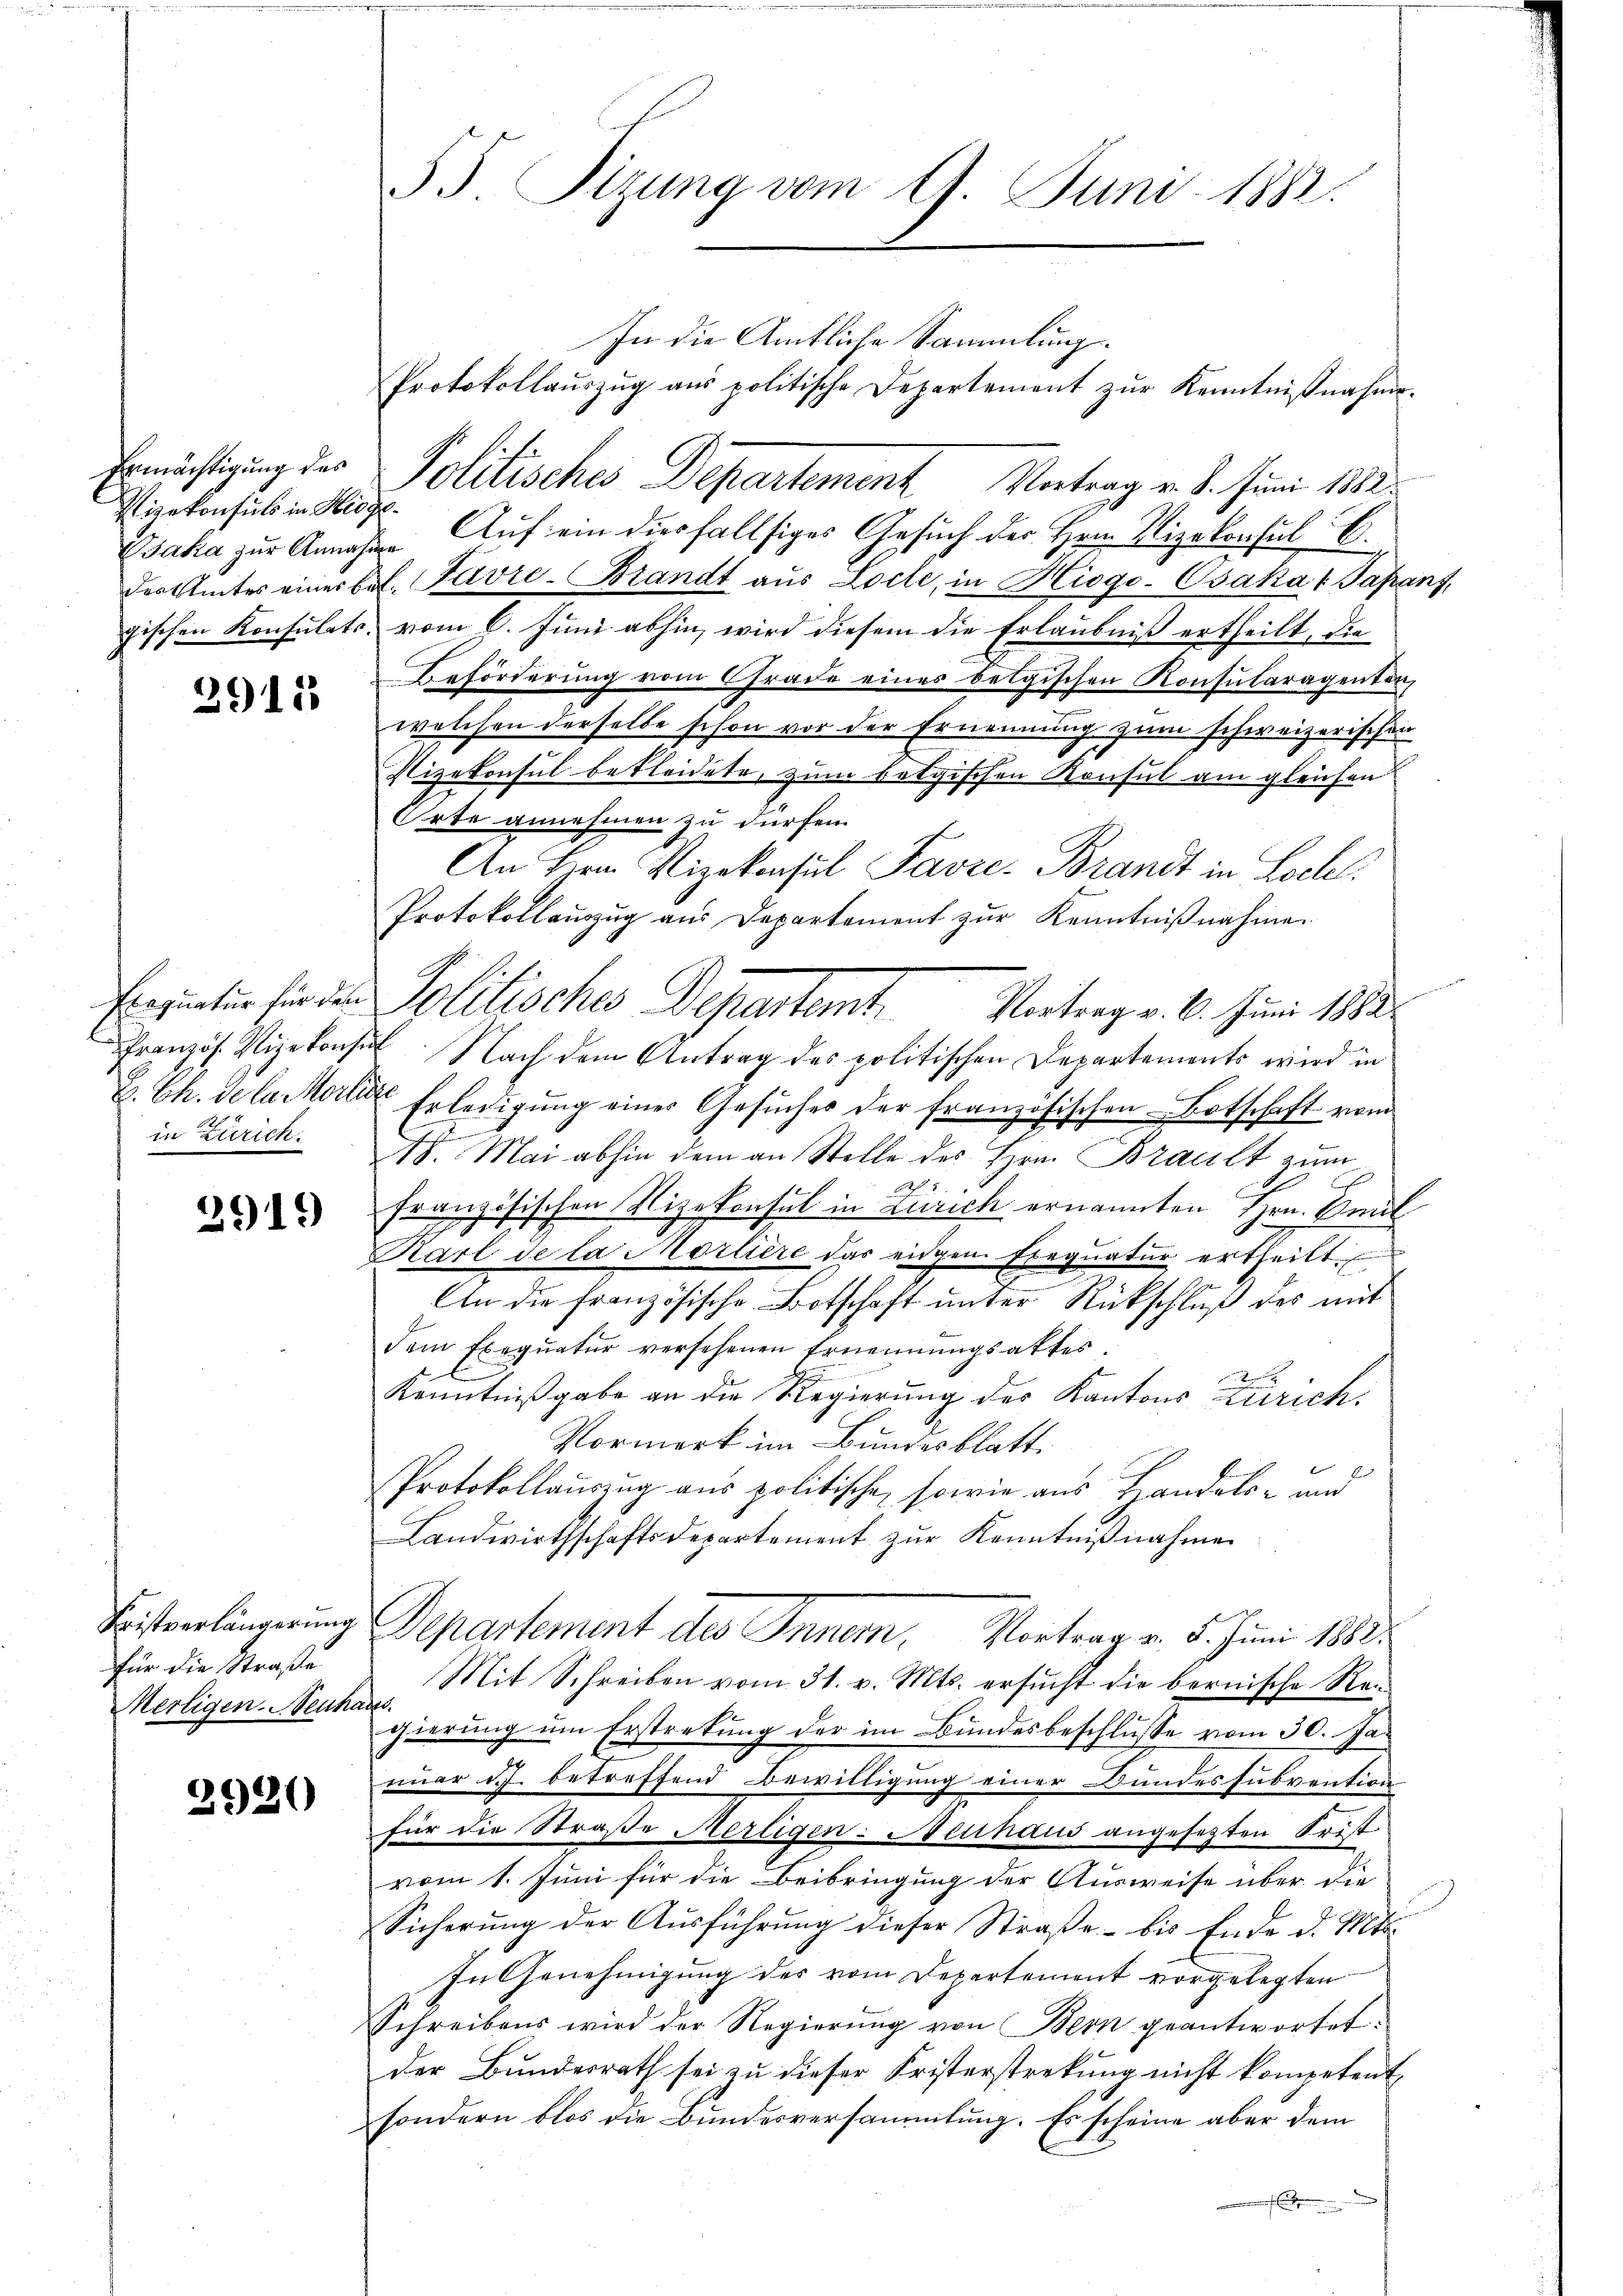
Ermächtigung des
Vizekonsuls in Hinge-

2915

in Zürich.

2919

Fristverlängerung
Für die Straße
Mertigen. Neuhaus.

2920

35 Sizung vom 9. Juni 1883.

In die Amtliche Sammlung.
Protokollauszug aus politische Departement zur Kenntnißnahme.
Politisches Departement Vortrag v. 8. Juni 182
Jaka zur Annahme. Auf ein diesfallsiges Gesuch der Hrn. Vizekonsul E.
der Amtes eines bot. Favre-Brandt aus Locte, in Hiogo-Osaka 4 Japanz,
gischen Konsulats, vom 6. Juni abhin, wird diesem die Erlaubniß ertheilt, die
Beförderung vom Grade eines belgischen Konsularagenten,
welchen derselbe schon vor der Ernennung zum schweizerischen
Nizekonsul bekleidete, zum betrischen Konsul am gleichen
Orte annehmen zu dürfen.
An Herrn Vizekonsul Favre-Brandt in Lochel
Protokollauszug aus Departement zur Kenntnißnahme.
Ererinter finden Politisches Deprentemt
Vortrag v. 6. Juni 1882
Französ. Vizekonsil. Nach dem Antrag des politischen Departements wird in
E. Ch. de la Moser Erledigung eines Gesŭches der französischen Botschaft vom
18. Mai abhin dem an Stelle des Hrn. Brault zum
l
25
französischen Nizekonsul in Zürich ernannten Hrn. Emil
Karl de la Morliere das eingen Exequatur ertheilt.
An die französische Botschaft ŭnter Rückschluß des mit
dem Exequatur versehenen Ernennungsattes.
Kenntnißgabe an die Regierung der Kantons Zürich,
Vormerk im Bundesblatt
Protokollauszug aus politische, sowie aus Handels- und
Landwirthschaftsdepartement zur Kenntnißnahmen
Departement des Inner, Vortrag v. 5. Juni 1812.
Mit Schreiben vom 31. v. Mts. ersucht die bernische Rei
gierung um Erstretung der im Bundesbeschlusse vom 30. Januar d.J. betreffend Bewilligung einer Bundessubvention
für die Straße Merligen- Neuhaus angesetzten Frist
vom 1. Juni für die Beibringung der Ausweise über die
Sicherung der Ausführung dieser Straße bis Ende d. Mts.
In Genehmigung des vom Departement vorgelegten
Schreibens wird der Regierung von Bern geantwortet.
der Bundesrath sei zu dieser Fristerstrekŭng nicht kompetent
sondern blos die Bundesversammlung. Es scheine aber dem